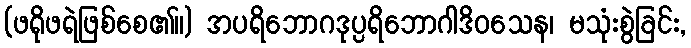
(ဖရိုဖရဲဖြစ်စေ၏။) အပရိဘောဂဒုပ္ပရိဘောဂါဒိဝသေန၊ မသုံးစွဲခြင်း,